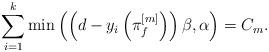
LaTeX: \begin{align*}\sum_{i=1}^k \min\left(\left(d-y_i\left(\pi_f^{[m]}\right)\right)\beta,\alpha\right)=C_m.\end{align*}